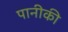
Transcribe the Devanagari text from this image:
पानीकी